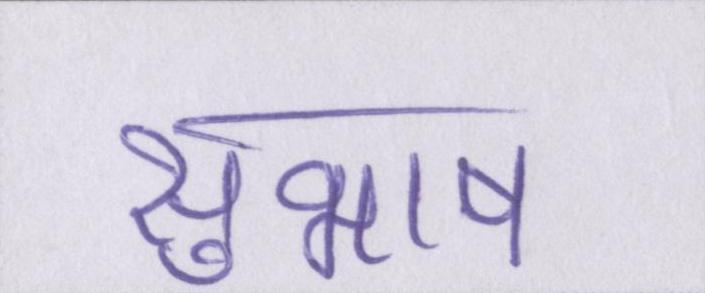
सुभाष